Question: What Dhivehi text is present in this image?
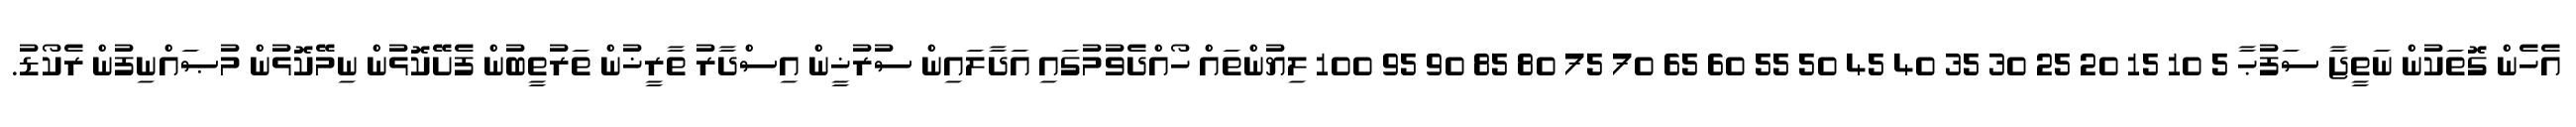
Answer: އެހެން ގޮތަކުން ނަތީޖާ ސަފުޙާ 5 10 15 20 25 30 35 40 45 50 55 60 65 70 75 80 85 90 95 100 ލިޔުންތައް ހޯއްދެވުމުގައި އަދާލައިން ސުރުޚީން އިސްދާރު ތާރީޚުން ތަރުތީބުން ފެށޭކޮޅުން ނިމޭކޮޅުން މުޞައްނިފުން ރެކޯޑު.